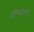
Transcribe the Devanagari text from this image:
ॲरिस्टॉटलचे